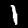
Digit: 1